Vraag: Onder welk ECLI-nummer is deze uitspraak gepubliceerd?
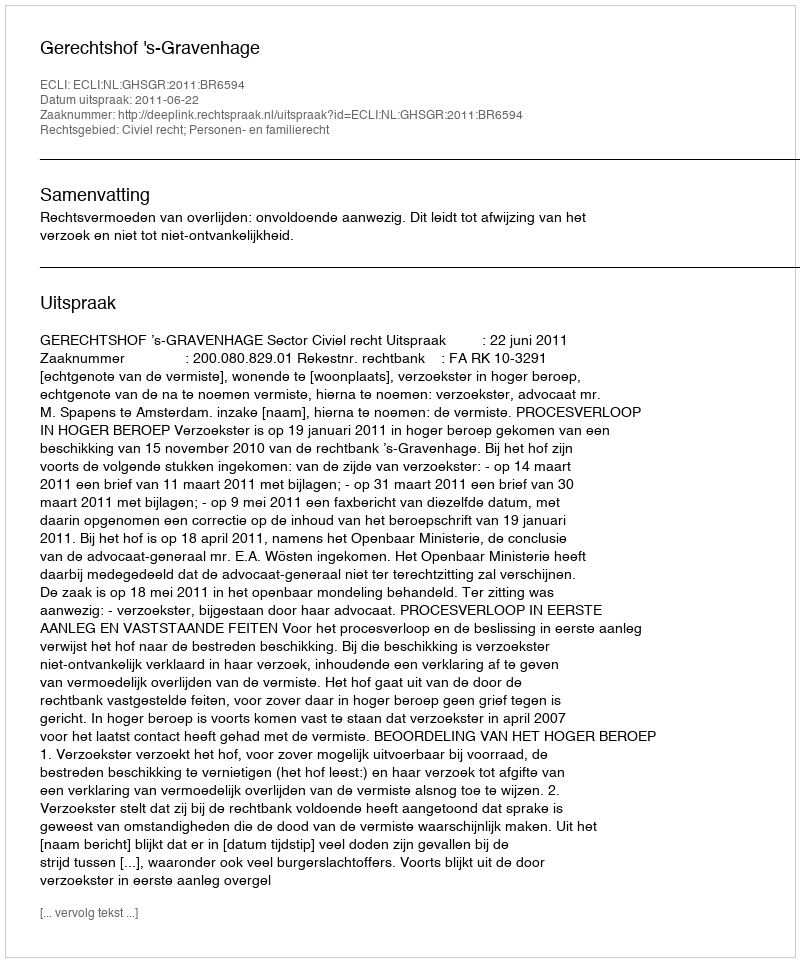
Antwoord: ECLI:NL:GHSGR:2011:BR6594